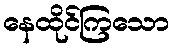
နေထိုင်ကြသော